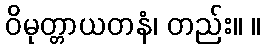
ဝိမုတ္တာယတနံ၊ တည်း။ ။